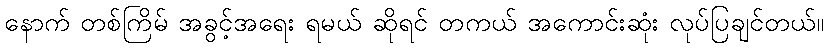
နောက် တစ်ကြိမ် အခွင့်အရေး ရမယ် ဆိုရင် တကယ် အကောင်းဆုံး လုပ်ပြချင်တယ်။